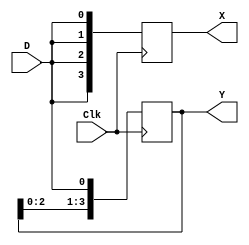
module block (D, Clk, X, Y);
  input D, Clk;
  output [3:0] X, Y;
  reg [3:0] X, Y;

always @ (posedge Clk) begin
  X[0] = D;
  X[1] = X[0];
  X[2] = X[1];
  X[3] = X[2];

  Y[0] <= D;
  Y[1] <= Y[0];
  Y[2] <= Y[1];
  Y[3] <= Y[2];

end

endmodule // block